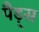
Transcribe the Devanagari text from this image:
पैड़्स